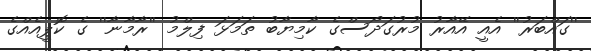
''ގައްބަރު'' އެއީ އޭއާރު މުރުގަދޯސްގެ ކާމިޔާބު ތަމަޅަ ފިލްމު ''ރާމާނާ'' ގެ ކޮޕީއެއްގެ